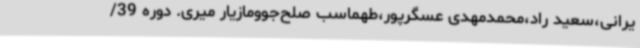
یرانی،سعید راد،محمدمهدی عسگرپور،طهماسب صلح‌جوومازیار میری. دوره 39/